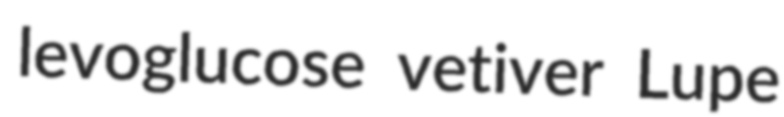
levoglucose vetiver Lupe